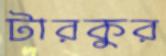
টারকুর